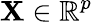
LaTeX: \mathbf{X}\in\mathbb{{R}}^{p}